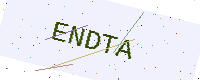
Text: ENDTA